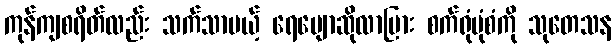
ကုန်ကျစရိတ်လည်း သက်သာမယ့် ရေမျောဆိုလာပြား စက်ရုံပုံစံကို သုတေသန